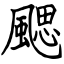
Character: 颸